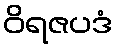
ဝိရဇပဒံ